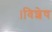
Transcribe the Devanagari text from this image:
।विशेष